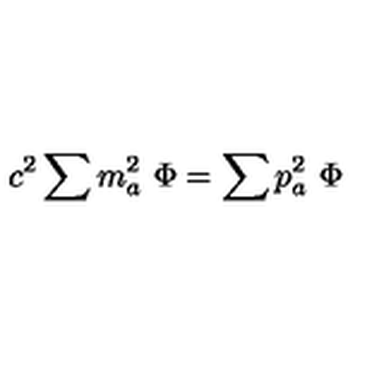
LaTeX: c ^ { 2 } \sum m _ { a } ^ { 2 } \ \Phi = \sum p _ { a } ^ { 2 } \ \Phi